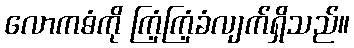
လောကဓံကို ကြံ့ကြံ့ခံလျက်ရှိသည်။